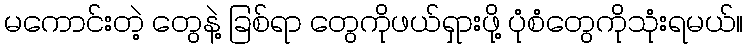
မကောင်းတဲ့ တွေနဲ့ ခြစ်ရာ တွေကိုဖယ်ရှားဖို့ ပုံစံတွေကိုသုံးရမယ်။